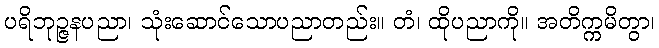
ပရိဘုဉ္ဇနပညာ၊ သုံးဆောင်သောပညာတည်း။ တံ၊ ထိုပညာကို။ အတိက္ကမိတွာ၊